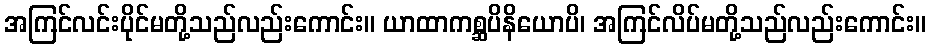
အကြင်လင်းပိုင်မတို့သည်လည်းကောင်း။ ယာထာကစ္ဆပိနိယောပိ၊ အကြင်လိပ်မတို့သည်လည်းကောင်း။